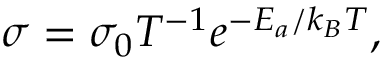
\sigma = { \sigma _ { 0 } } { T ^ { - 1 } } e ^ { - E _ { a } / k _ { B } T } ,